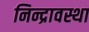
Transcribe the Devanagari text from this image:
निन्द्रावस्था